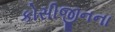
કોસીજીનના